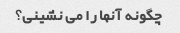
چگونه آنها را می نشینی؟